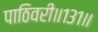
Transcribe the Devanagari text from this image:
पाठिवरी॥१३१॥